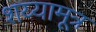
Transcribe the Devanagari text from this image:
शय्यामूत्र